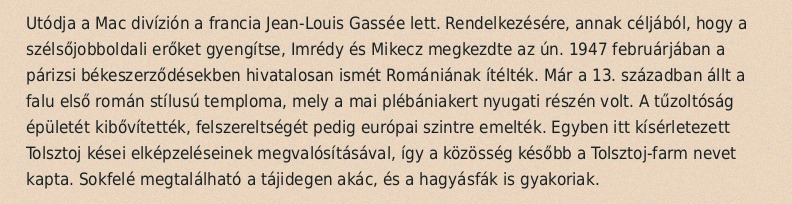
Utódja a Mac divízión a francia Jean-Louis Gassée lett. Rendelkezésére, annak céljából, hogy a szélsőjobboldali erőket gyengítse, Imrédy és Mikecz megkezdte az ún. 1947 februárjában a párizsi békeszerződésekben hivatalosan ismét Romániának ítélték. Már a 13. században állt a falu első román stílusú temploma, mely a mai plébániakert nyugati részén volt. A tűzoltóság épületét kibővítették, felszereltségét pedig európai szintre emelték. Egyben itt kísérletezett Tolsztoj kései elképzeléseinek megvalósításával, így a közösség később a Tolsztoj-farm nevet kapta. Sokfelé megtalálható a tájidegen akác, és a hagyásfák is gyakoriak.